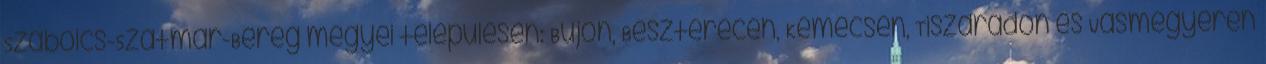
Szabolcs-Szatmár-Bereg megyei településen: Bujon, Beszterecen, Kemecsén, Tiszarádon és Vasmegyeren